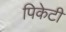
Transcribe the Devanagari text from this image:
पिकेटी